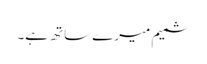
شمیم میرے ساتھ ہے۔